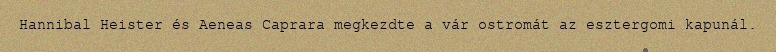
Hannibal Heister és Aeneas Caprara megkezdte a vár ostromát az esztergomi kapunál.